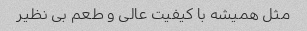
مثل همیشه با کیفیت عالی و طعم بی نظیر